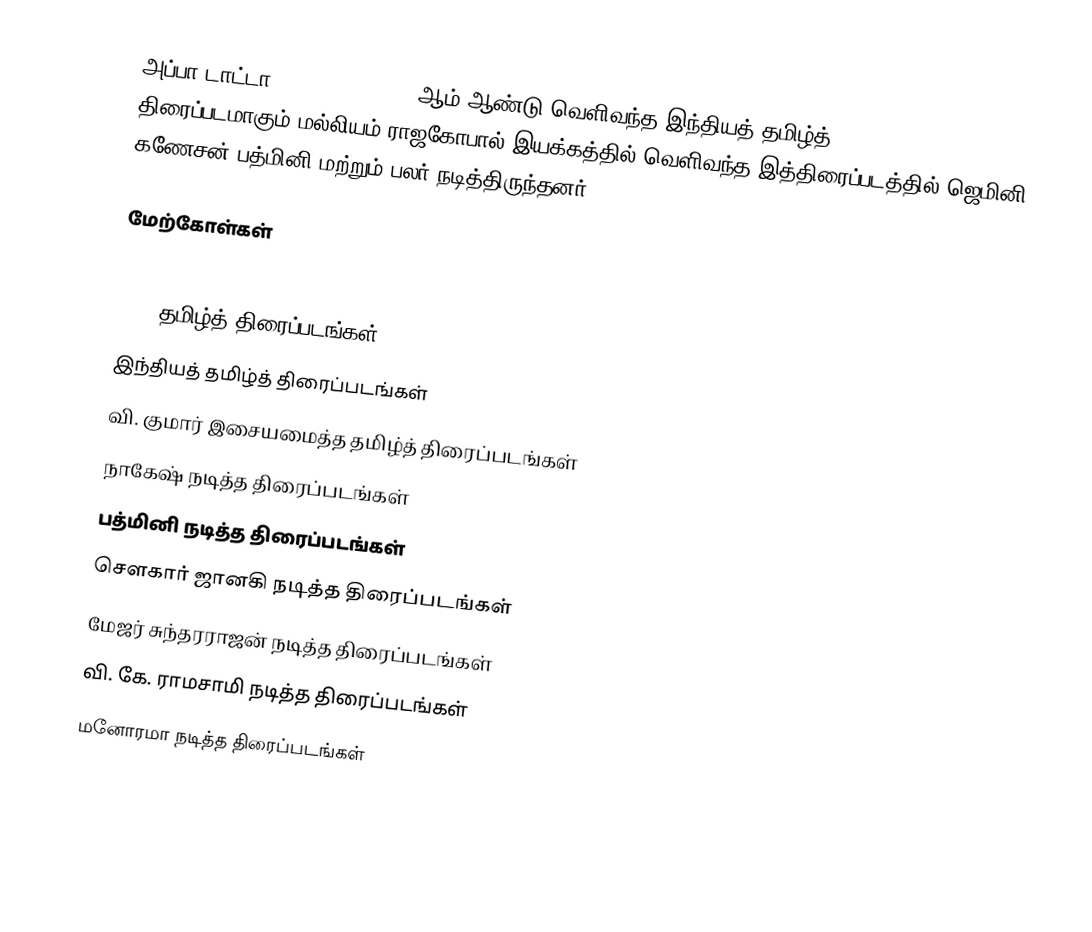
அப்பா டாட்டா (Appa Tata) 1972 ஆம் ஆண்டு வெளிவந்த இந்தியத் தமிழ்த் திரைப்படமாகும்.மல்லியம் ராஜகோபால் இயக்கத்தில் வெளிவந்த இத்திரைப்படத்தில் ஜெமினி கணேசன்,பத்மினி மற்றும் பலர் நடித்திருந்தனர்.

மேற்கோள்கள்

1972 தமிழ்த் திரைப்படங்கள்
இந்தியத் தமிழ்த் திரைப்படங்கள்
வி. குமார் இசையமைத்த தமிழ்த் திரைப்படங்கள்
நாகேஷ் நடித்த திரைப்படங்கள்
பத்மினி நடித்த திரைப்படங்கள்
சௌகார் ஜானகி நடித்த திரைப்படங்கள்
மேஜர் சுந்தரராஜன் நடித்த திரைப்படங்கள்
வி. கே. ராமசாமி நடித்த திரைப்படங்கள்
மனோரமா நடித்த திரைப்படங்கள்